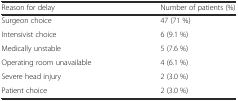
| Reason for delay | Number of patients (%) |
 | --- | --- |
 | Surgeon choice | 47 (71 %) |
 | Intensivist choice | 6 (9.1 %) |
 | Medically unstable | 5 (7.6 %) |
 | Operating room unavailable | 4 (6.1 %) |
 | Severe head injury | 2 (3.0 %) |
 | Patient choice | 2 (3.0 %) |